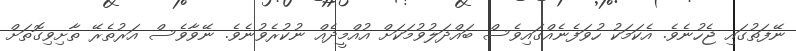
ނޭފަތުގައި ޖެހުނެވެ. އެކަމަކު ހުވަފެނެއްގައިވެސް ބައްދަލުވުމަކަށް އުއްމީދެއް ނުކުރެވުނެވެ. ނޭވާވެސް އަރުތެރޭ ތާށިވިގޮތަށް